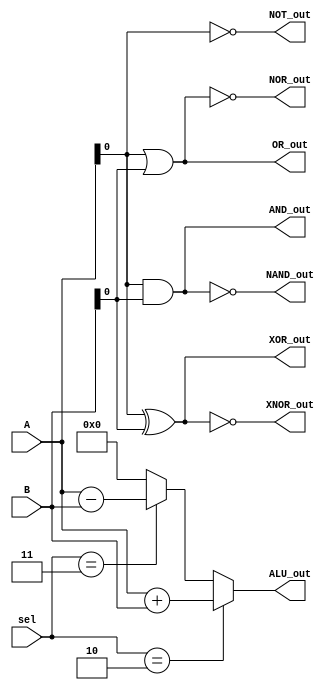
module combinational_logic(
    input wire [3:0] A,          // 4-bit input A
    input wire [3:0] B,          // 4-bit input B
    input wire [1:0] sel,        // Select signal for multiplexer
    output wire AND_out,         // AND output
    output wire OR_out,          // OR output
    output wire NOT_out,         // NOT output (A)
    output wire NAND_out,        // NAND output
    output wire NOR_out,         // NOR output
    output wire XOR_out,         // XOR output
    output wire XNOR_out,        // XNOR output
    output wire [3:0] ALU_out    // ALU output
);

// Logic Gates
assign AND_out = A & B;
assign OR_out = A | B;
assign NOT_out = ~A;
assign NAND_out = ~(A & B);
assign NOR_out = ~(A | B);
assign XOR_out = A ^ B;
assign XNOR_out = ~(A ^ B);

// Multiplexer
wire [3:0] mux_out;
assign mux_out = (sel == 2'b00) ? A :
                 (sel == 2'b01) ? B :
                 (sel == 2'b10) ? AND_out :
                 (sel == 2'b11) ? OR_out : 4'b0000;

// Simple ALU Implementation (Add and Subtract)
assign ALU_out = (sel == 2'b10) ? (A + B) : // Addition
                 (sel == 2'b11) ? (A - B) : // Subtraction
                 4'b0000;                   // Default output

endmodule